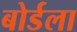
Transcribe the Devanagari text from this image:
बोर्डला